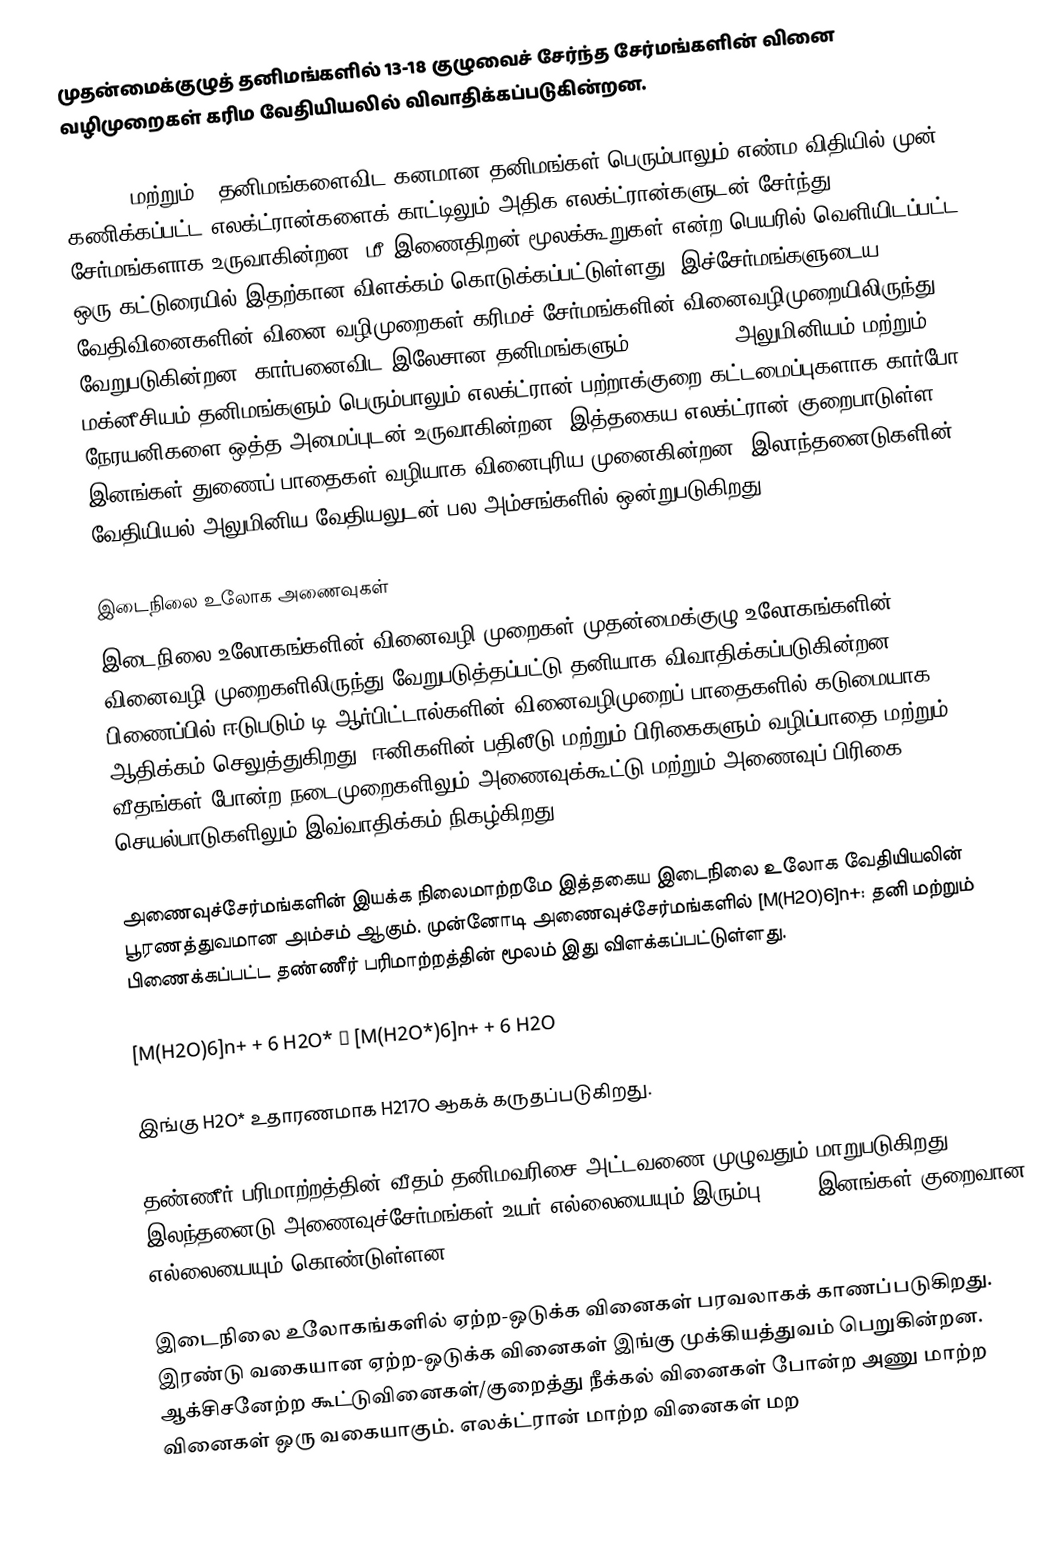
முதன்மைக்குழுத் தனிமங்களில் 13-18  குழுவைச் சேர்ந்த சேர்மங்களின் வினை வழிமுறைகள் கரிம வேதியியலில் விவாதிக்கப்படுகின்றன.

C, N, O மற்றும் F தனிமங்களைவிட கனமான தனிமங்கள் பெரும்பாலும் எண்ம விதியில் முன் கணிக்கப்பட்ட எலக்ட்ரான்களைக் காட்டிலும் அதிக எலக்ட்ரான்களுடன் சேர்ந்து சேர்மங்களாக உருவாகின்றன. மீ இணைதிறன் மூலக்கூறுகள் என்ற பெயரில் வெளியிடப்பட்ட ஒரு கட்டுரையில் இதற்கான விளக்கம் கொடுக்கப்பட்டுள்ளது. இச்சேர்மங்களுடைய வேதிவினைகளின் வினை வழிமுறைகள் கரிமச் சேர்மங்களின் வினைவழிமுறையிலிருந்து வேறுபடுகின்றன. கார்பனைவிட இலேசான தனிமங்களும் (B, Be, Li)  அலுமினியம் மற்றும் மக்னீசியம் தனிமங்களும் பெரும்பாலும் எலக்ட்ரான் பற்றாக்குறை கட்டமைப்புகளாக கார்போ நேரயனிகளை ஒத்த அமைப்புடன் உருவாகின்றன. இத்தகைய எலக்ட்ரான்-குறைபாடுள்ள இனங்கள் துணைப் பாதைகள் வழியாக வினைபுரிய முனைகின்றன. இலாந்தனைடுகளின் வேதியியல் அலுமினிய வேதியலுடன் பல அம்சங்களில் ஒன்றுபடுகிறது.

இடைநிலை உலோக அணைவுகள்
இடைநிலை உலோகங்களின் வினைவழி முறைகள் முதன்மைக்குழு உலோகங்களின் வினைவழி முறைகளிலிருந்து வேறுபடுத்தப்பட்டு தனியாக விவாதிக்கப்படுகின்றன. பிணைப்பில் ஈடுபடும் டி ஆர்பிட்டால்களின் வினைவழிமுறைப் பாதைகளில் கடுமையாக ஆதிக்கம் செலுத்துகிறது. ஈனிகளின் பதிலீடு மற்றும் பிரிகைகளும் வழிப்பாதை மற்றும் வீதங்கள் போன்ற நடைமுறைகளிலும் அணைவுக்கூட்டு மற்றும் அணைவுப் பிரிகை செயல்பாடுகளிலும் இவ்வாதிக்கம் நிகழ்கிறது.

அணைவுச்சேர்மங்களின் இயக்க நிலைமாற்றமே இத்தகைய இடைநிலை உலோக வேதியியலின்  பூரணத்துவமான அம்சம் ஆகும். முன்னோடி அணைவுச்சேர்மங்களில் [M(H2O)6]n+: தனி மற்றும் பிணைக்கப்பட்ட தண்ணீர் பரிமாற்றத்தின் மூலம் இது விளக்கப்பட்டுள்ளது.

[M(H2O)6]n+ + 6 H2O* → [M(H2O*)6]n+ + 6 H2O

இங்கு H2O* உதாரணமாக H217O ஆகக் கருதப்படுகிறது.

தண்ணீர் பரிமாற்றத்தின் வீதம் தனிமவரிசை அட்டவணை முழுவதும் மாறுபடுகிறது. இலந்தனைடு அணைவுச்சேர்மங்கள் உயர் எல்லையையும் இரும்பு (III) இனங்கள் குறைவான எல்லையையும் கொண்டுள்ளன.

இடைநிலை உலோகங்களில் ஏற்ற-ஒடுக்க வினைகள் பரவலாகக் காணப்படுகிறது. இரண்டு வகையான ஏற்ற-ஒடுக்க வினைகள் இங்கு முக்கியத்துவம் பெறுகின்றன. ஆக்சிசனேற்ற கூட்டுவினைகள்/குறைத்து நீக்கல் வினைகள் போன்ற அணு மாற்ற வினைகள் ஒரு வகையாகும். எலக்ட்ரான் மாற்ற வினைகள் மற